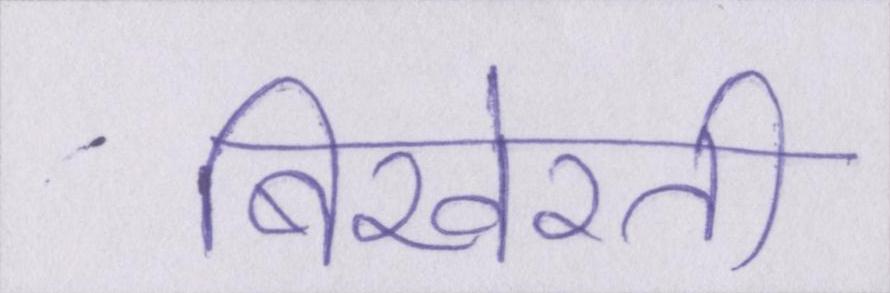
बिखेरती